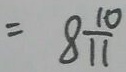
= 8 \frac { 1 0 } { 1 1 }